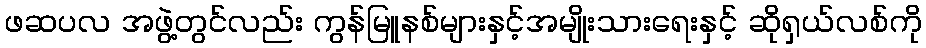
ဖဆပလ အဖွဲ့တွင်လည်း ကွန်မြူနစ်များနှင့်အမျိုးသားရေးနှင့် ဆိုရှယ်လစ်ကို